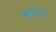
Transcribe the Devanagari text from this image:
मङ्गल्य